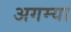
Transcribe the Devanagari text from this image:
अगम्या